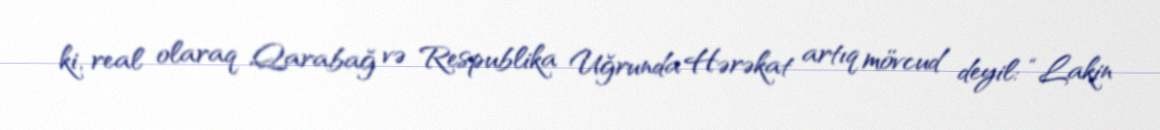
ki, real olaraq Qarabağ və Respublika Uğrunda Hərəkat artıq mövcud deyil: “Lakin